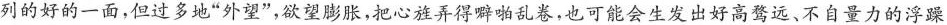
列的好的一面，但过多地”外望”，欲望膨胀，把心旌弄得噼啪乱卷，也可能会生发出好高骛远、不自量力的浮躁